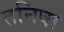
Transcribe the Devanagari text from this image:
तनिषा